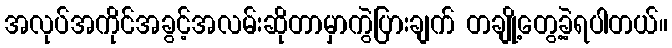
အလုပ်အကိုင်အခွင့်အလမ်းဆိုတာမှာကွဲပြားချက် တချို့တွေ့ခဲ့ရပါတယ်။